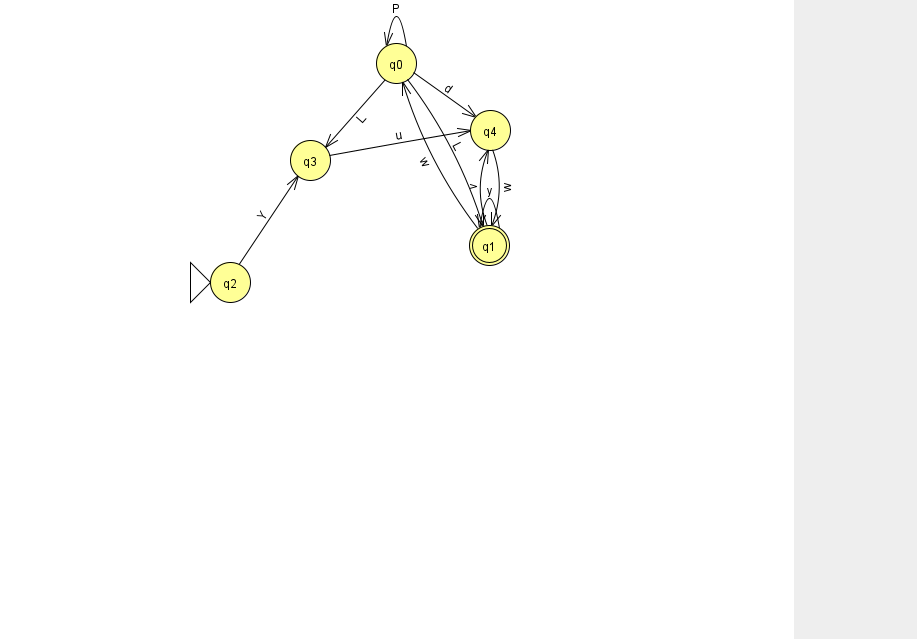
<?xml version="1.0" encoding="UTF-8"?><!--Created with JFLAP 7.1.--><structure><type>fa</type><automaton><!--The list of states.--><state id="0" name="q0"><x>396.0</x><y>50.0</y></state><state id="1" name="q1"><x>489.0</x><y>232.0</y><final/></state><state id="2" name="q2"><x>230.0</x><y>269.0</y><initial/></state><state id="3" name="q3"><x>310.0</x><y>147.0</y></state><state id="4" name="q4"><x>490.0</x><y>117.0</y></state><!--The list of transitions.--><transition><from>0</from><to>0</to><read>P</read></transition><transition><from>0</from><to>4</to><read>d</read></transition><transition><from>1</from><to>0</to><read>w</read></transition><transition><from>3</from><to>4</to><read>u</read></transition><transition><from>4</from><to>1</to><read>w</read></transition><transition><from>1</from><to>4</to><read>v</read></transition><transition><from>2</from><to>3</to><read>Y</read></transition><transition><from>0</from><to>3</to><read>L</read></transition><transition><from>0</from><to>1</to><read>L</read></transition><transition><from>1</from><to>1</to><read>y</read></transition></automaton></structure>